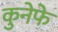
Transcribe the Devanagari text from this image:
कुनेफे